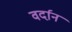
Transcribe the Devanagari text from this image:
वर्दान